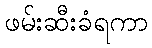
ဖမ်းဆီးခံရကာ